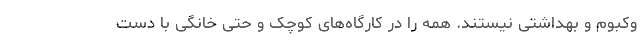
وکبوم و بهداشتی نیستند. همه را در کارگاه‌های کوچک و حتی خانگی با دست